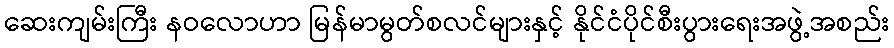
ဆေးကျမ်းကြီး နဝလောဟာ မြန်မာမွတ်စလင်များနှင့် နိုင်ငံပိုင်စီးပွားရေးအဖွဲ့အစည်း